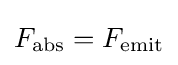
{F}_{\rm {abs}}={F}_{\rm {emit}}